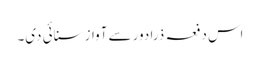
اس دفعہ ذرا دور سے آواز سنائی دی۔